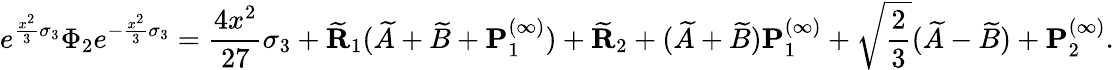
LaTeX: e^{\frac{x^{2}}{3}\sigma_{3}}\Phi_{2}e^{-\frac{x^{2}}{3}\sigma_{3}}=\frac{4x^{2}}{27}\sigma_{3}+\widetilde{\mathbf{R}}_{1}(\widetilde{A}+\widetilde{B}+\mathbf{P}_{1}^{(\infty)})+\widetilde{\mathbf{R}}_{2}+(\widetilde{A}+\widetilde{B})\mathbf{P}_{1}^{(\infty)}+\sqrt{\frac{2}{3}}(\widetilde{A}-\widetilde{B})+\mathbf{P}_{2}^{(\infty)}.